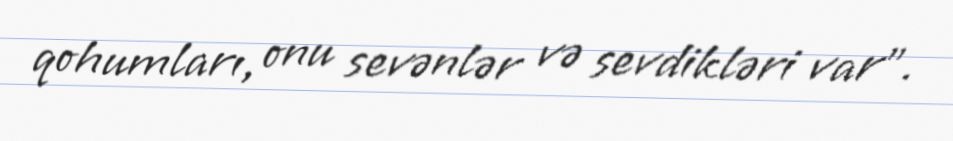
qohumları, onu sevənlər və sevdikləri var".